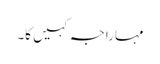
مہاراجہ کہیں کا۔